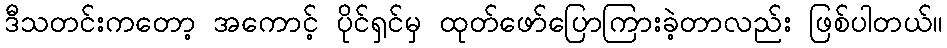
ဒီသတင်းကတော့ အကောင့် ပိုင်ရှင်မှ ထုတ်ဖော်ပြောကြားခဲ့တာလည်း ဖြစ်ပါတယ်။